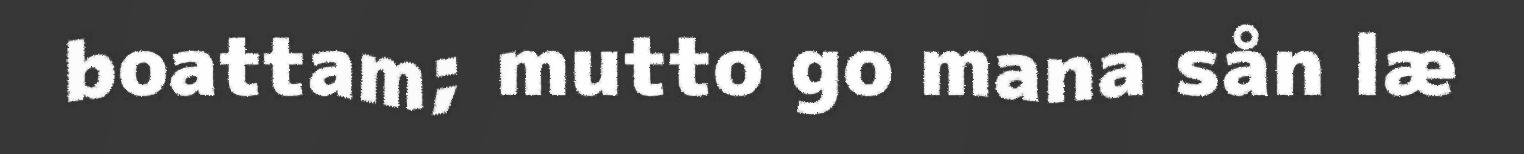
boattam; mutto go mana sån læ